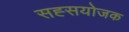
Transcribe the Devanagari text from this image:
सह्सयोजक